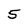
Character: 5